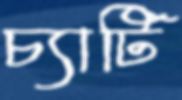
চ্যাটি